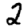
Digit: 2